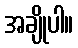
အချိုပါ။